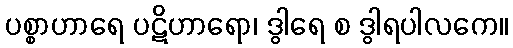
ပစ္စာဟာရေ ပဋိဟာရော၊ ဒွါရေ စ ဒွါရပါလကေ။